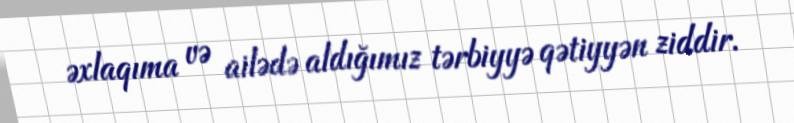
əxlaqıma və ailədə aldığımız tərbiyyə qətiyyən ziddir.